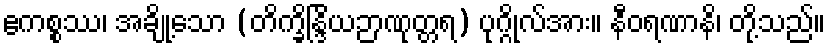
ဧကစ္စဿ၊ အချို့သော (တိက္ခိန္ဒြိယဉာဏုတ္တရ) ပုဂ္ဂိုလ်အား။ နီဝရဏာနိ၊ တို့သည်။